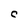
Character: C